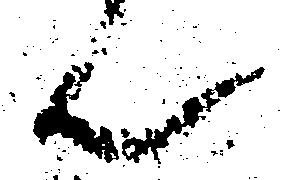
ん